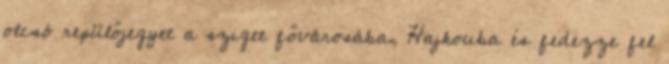
olcsó repülőjegyet a sziget fővárosába, Hajkouba és fedezze fel